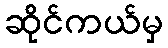
ဆိုင်ကယ်မှ